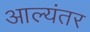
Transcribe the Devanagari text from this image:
आल्यंतर